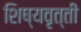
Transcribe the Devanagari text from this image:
शिष्‍यवृत्‍ती